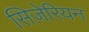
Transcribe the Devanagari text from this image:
सिज़ेरियन